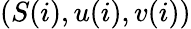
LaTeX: (S(i),u(i),v(i))